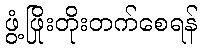
ဖွံ့ဖြိုးတိုးတက်စေရန်